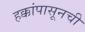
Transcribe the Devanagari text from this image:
हक्कांपासूनची